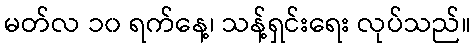
မတ်လ ၁၀ ရက်နေ့၊ သန့်ရှင်းရေး လုပ်သည်။